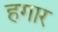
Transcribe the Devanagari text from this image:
हगार